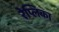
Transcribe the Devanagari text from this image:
रेप्लिका